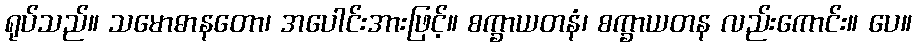
ရုပ်သည်။ သမောဓာနတော၊ အပေါင်းအားဖြင့်။ စက္ခာယတနံ၊ စက္ခာယတန လည်းကောင်း။ ပေ။